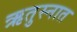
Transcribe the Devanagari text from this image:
ऋतुस्नात